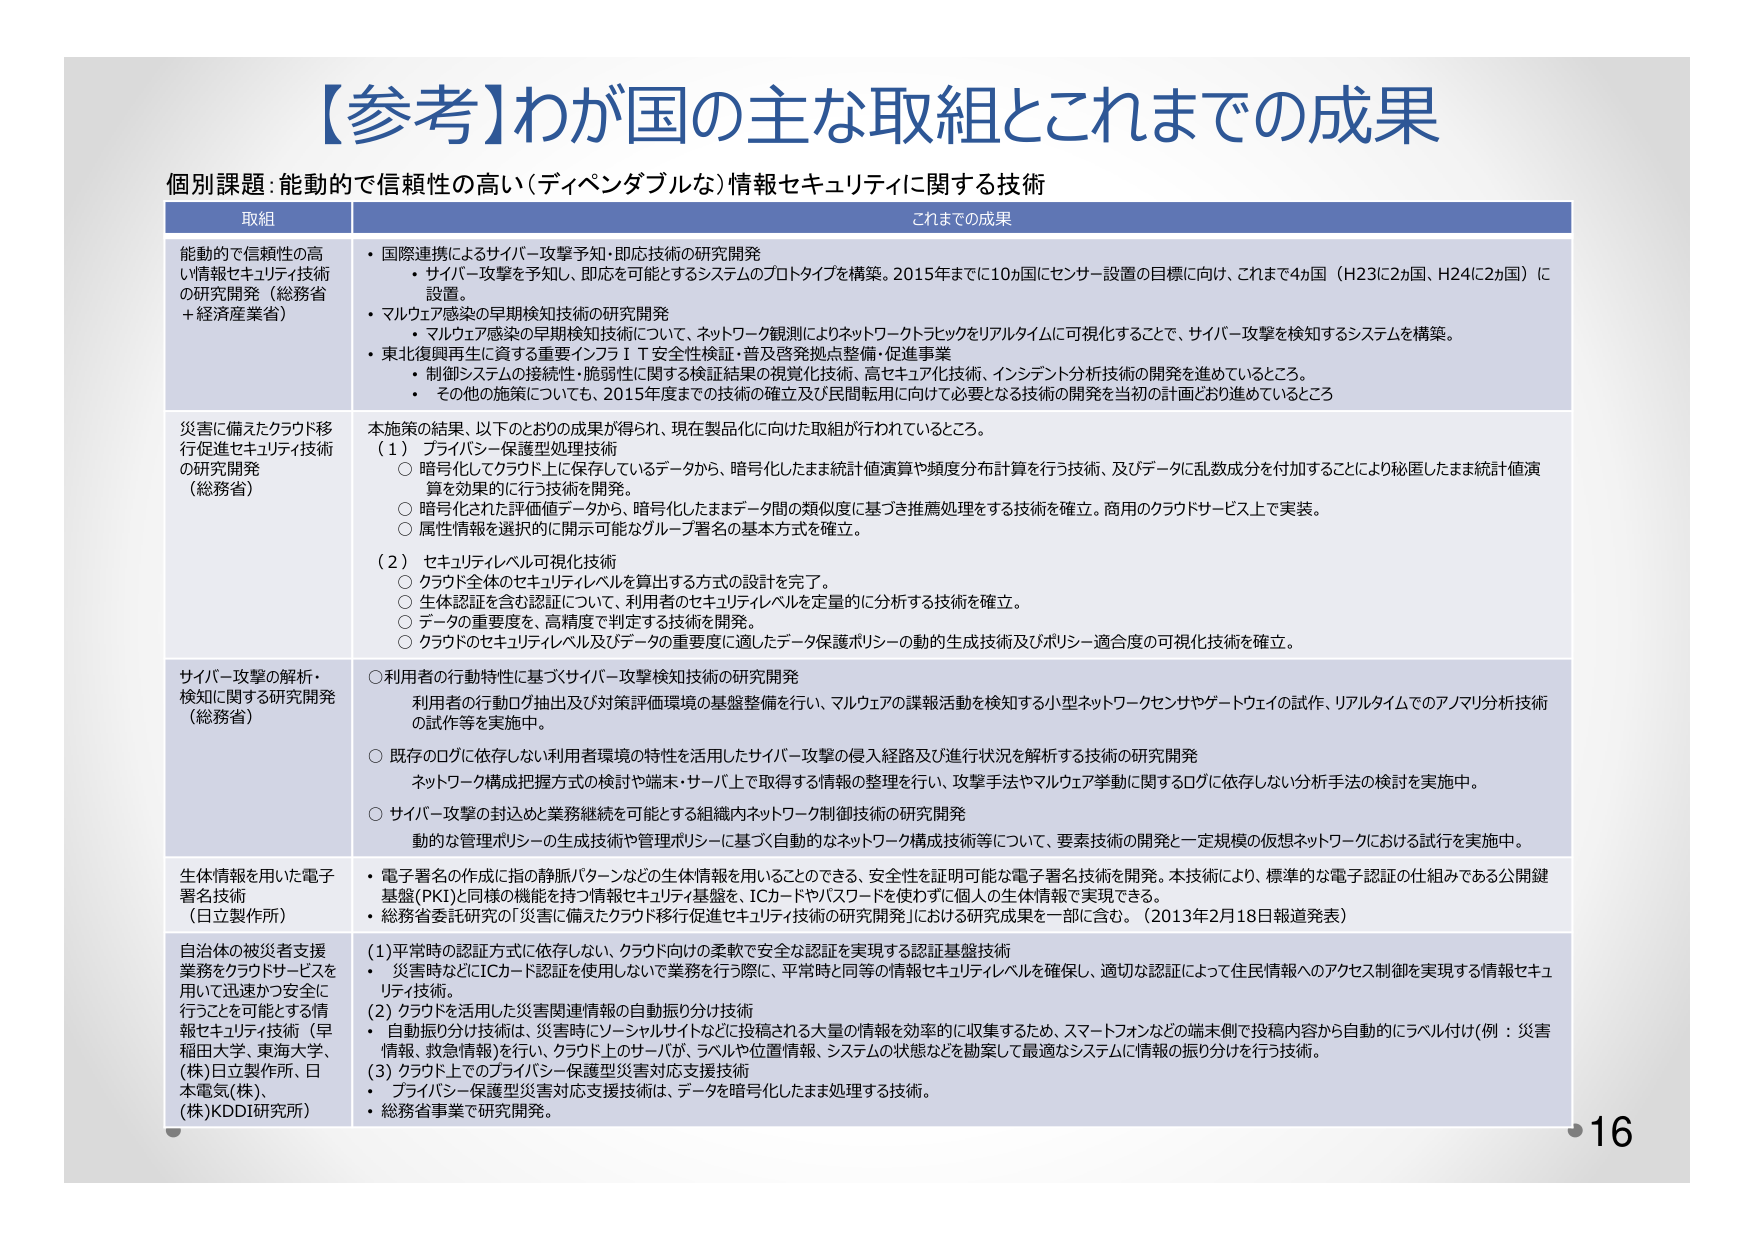
【参考】わが国の主な取組とこれまでの成果

個別課題：能動的で信頼性の高い（ディペンダブルな）情報セキュリティに関する技術

取組